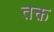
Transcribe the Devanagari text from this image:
तक्त